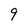
Character: 9